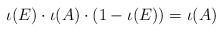
LaTeX: \begin{align*}\iota(E) \cdot \iota(A) \cdot (1-\iota(E)) = \iota(A)\end{align*}